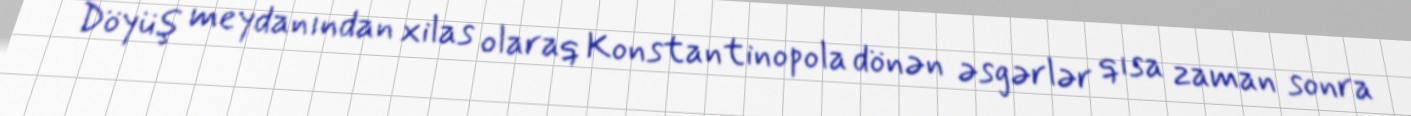
Döyüş meydanından xilas olaraq Konstantinopola dönən əsgərlər qısa zaman sonra